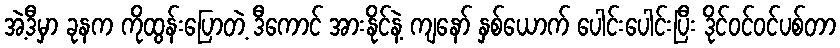
အဲ့ဒီမှာ ခုနက ကိုထွန်းပြောတဲ့ ဒီကောင် အားနိုင်နဲ့ ကျနော် နှစ်ယောက် ပေါင်းပေါင်းပြီး ဒိုင်ဝင်ဝင်ပစ်တာ